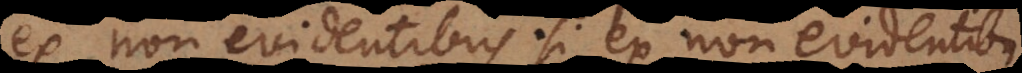
x non evidentibus. Si ex non evidentibus,